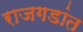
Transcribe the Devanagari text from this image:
राजगडांत